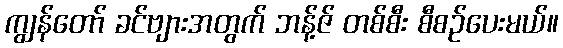
ကျွန်တော် ခင်ဗျားအတွက် ဘန့်ဇ် တစ်စီး စီစဉ်ပေးမယ်။